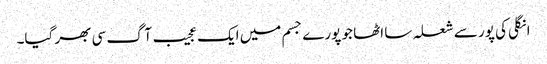
انگلی کی پور سے شعلہ سا اٹھا جو پورے جسم میں ایک عجیب آگ سی بھر گیا۔